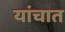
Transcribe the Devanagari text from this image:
यांचात